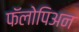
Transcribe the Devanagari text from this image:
फॅलोपिअन